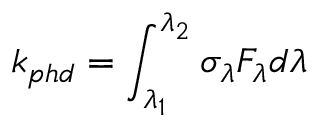
k _ { p h d } = \int _ { \lambda _ { 1 } } ^ { \lambda _ { 2 } } \sigma _ { \lambda } F _ { \lambda } d \lambda